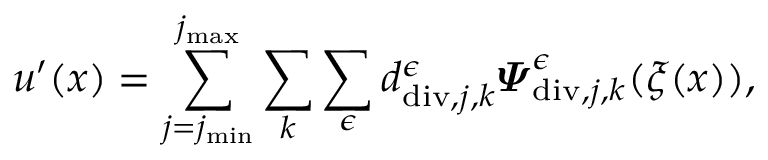
\begin{array} { r } { \boldsymbol { u } ^ { \prime } ( \boldsymbol { x } ) = \displaystyle \sum _ { j = j _ { \mathrm { m i n } } } ^ { j _ { \mathrm { m a x } } } \sum _ { \boldsymbol { k } } \sum _ { \epsilon } d _ { \mathrm { d i v } , j , \boldsymbol { k } } ^ { \epsilon } \boldsymbol { \varPsi } _ { \mathrm { d i v } , j , \boldsymbol { k } } ^ { \epsilon } ( \boldsymbol { \xi } ( \boldsymbol { x } ) ) , } \end{array}